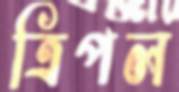
ত্রিপল